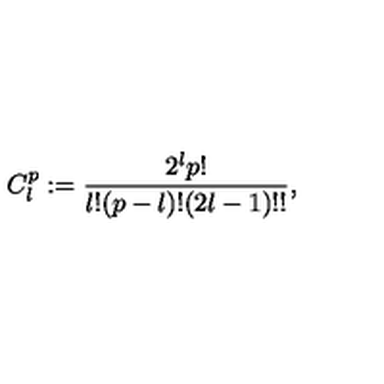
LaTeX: C _ { l } ^ { p } : = { \frac { 2 ^ { l } p ! } { l ! ( p - l ) ! ( 2 l - 1 ) ! ! } } ,